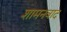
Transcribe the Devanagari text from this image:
शामनवाद